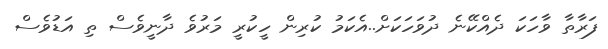
ފަރާތާ ވާހަކަ ދެއްކޭނެ ދުވަހަކަށް..އެކަމު ކުރިން ހީކުރީ މަރުވެ ދާނީވެސް ތި އަޑުވެސް